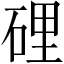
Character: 𥓄